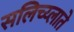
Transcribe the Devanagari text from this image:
सलिच्य्लाते